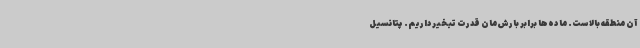
آن منطقه بالاست. ما ده‌ها برابر بارش‌مان قدرت تبخیر داریم. پتانسیل